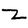
Character: Z